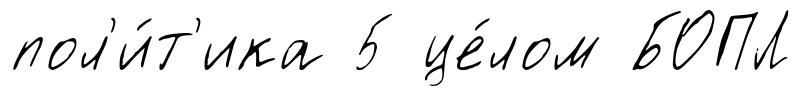
пол'и́т'ика 5 це́лом БОПЛ